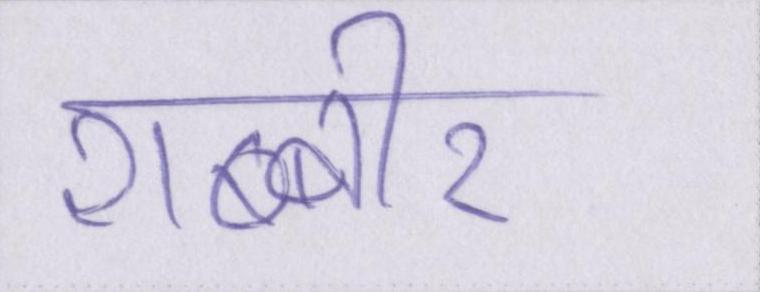
शब्बीर